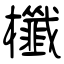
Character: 櫼